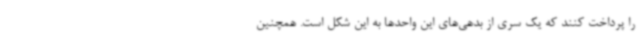
را پرداخت کنند که یک سری از بدهی‌های این واحدها به این شکل است. همچنین